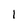
Character: l